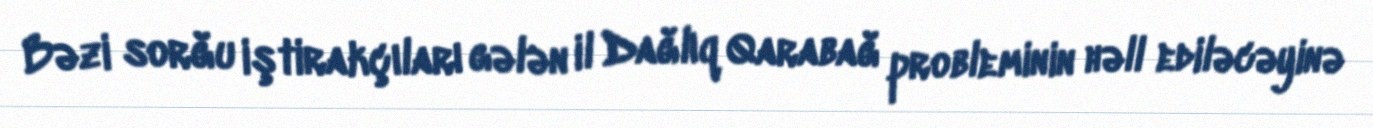
Bəzi sorğu iştirakçıları gələn il Dağlıq Qarabağ probleminin həll ediləcəyinə